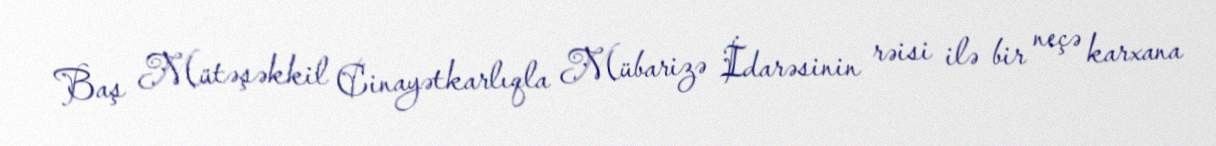
Baş Mütəşəkkil Cinayətkarlıqla Mübarizə İdarəsinin rəisi ilə bir neçə karxana